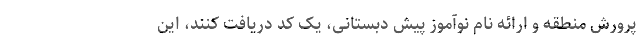
پرورش منطقه و ارائه نام نوآموز پیش دبستانی، یک کد دریافت کنند، این